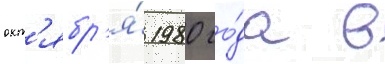
окт'ябр'я́ 1980 го́да в